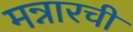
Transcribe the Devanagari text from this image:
मन्नारची